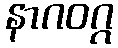
နာဂဝဂ္ဂ